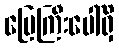
မြေကြီးပေါ်ရှိ